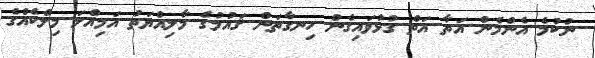
ނުކުމެ އެންމެން އަތާ އަތް ގުޅުވައިގެން ހިނގާތަން ޤައުމުގެ މާލިއްޔަތު އަމިއްލަ މިލްކެއްގެ